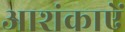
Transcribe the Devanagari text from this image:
आशंकाऐं